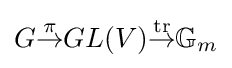
G{\overset {\pi }{\to }}GL(V){\overset {\operatorname {tr} }{\to }}\mathbb {G} _{m}